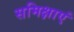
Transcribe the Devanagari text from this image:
समिक्षाएं